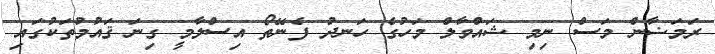
ރަމަޟާން މަސް ނިމި ޝައްވާލް މަހުގެ ހަނދު ފެނޭތޯ އިސްލާމީ ގިނަ ޤައުމުތަކުގައި